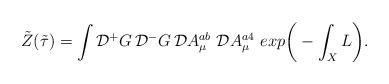
LaTeX: \begin{align*}\tilde{Z}(\tilde{\tau})= \int {\cal D} {^+}G \, {\cal D} {^-}G \, {\cal D}A^{ab}_{\mu} \ {\cal D}A^{a4}_{\mu} \ exp \bigg( - \int_X L \bigg).\end{align*}